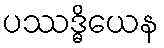
ပဿဒ္ဓိယေန